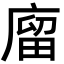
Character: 廇